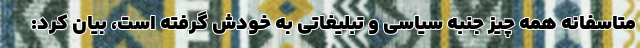
متاسفانه همه چیز جنبه سیاسی و تبلیغاتی به خودش گرفته است، بیان کرد: